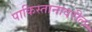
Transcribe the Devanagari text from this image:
पाकिस्तानावरील